65_HS1-834228961_62-HQ-83894_Section_5
Agency: FBI
Page 100
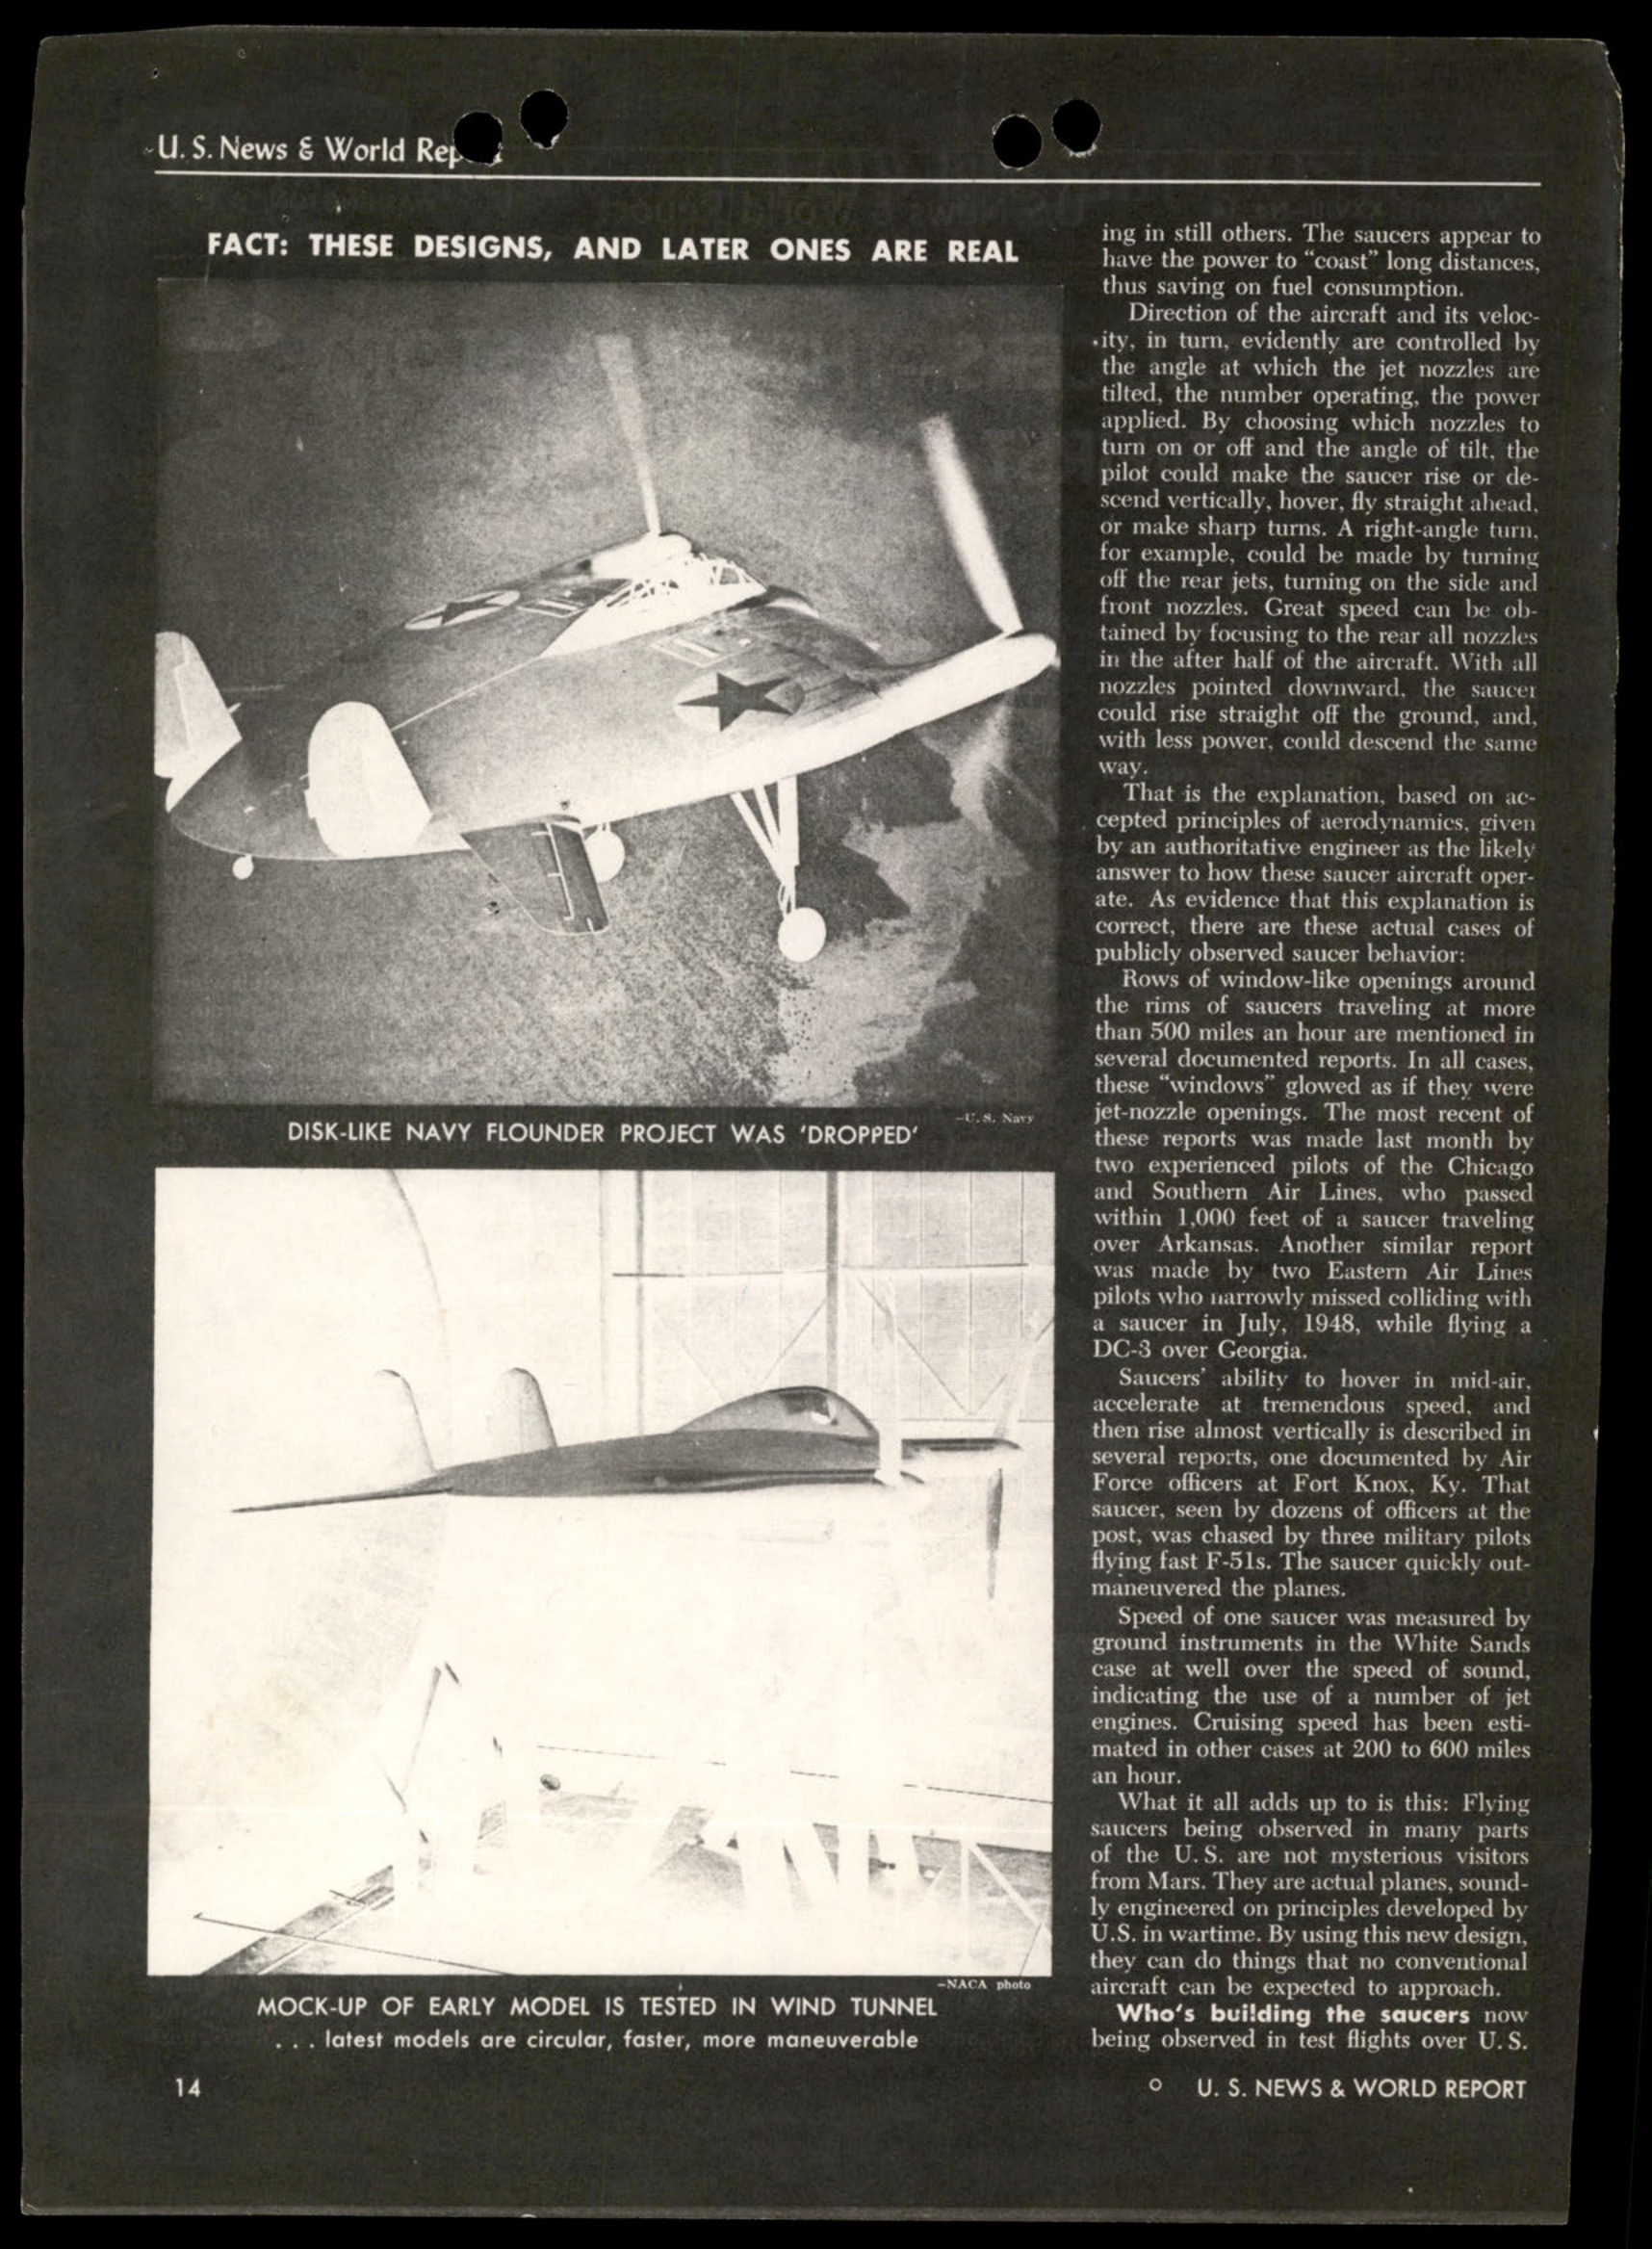